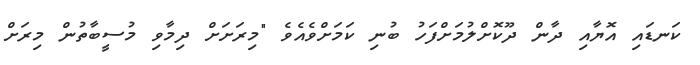
ކަނޑައި އޮޔާއި ދާން ދޫކޮށްލުމަށްފަހު ބުނި ކަމަށްވެއެވެ "މިރަށަށް ދިމާވި މުސީބާތުން މިރަށް